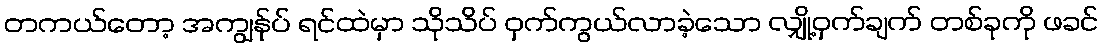
တကယ်တော့ အကျွန်ုပ် ရင်ထဲမှာ သိုသိပ် ဝှက်ကွယ်လာခဲ့သော လျှို့ဝှက်ချက် တစ်ခုကို ဖခင်